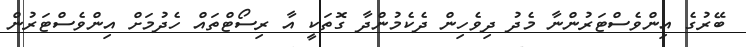
ބޭރުގެ އިންވެސްޓަރުންނާ މެދު ދިވެހިން ދެކެމުންދާ ގޮތަކީ އާ ރިސޯޓްތައް ހެދުމަށް އިންވެސްޓަރުން